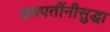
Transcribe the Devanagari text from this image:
छत्रपतींनीसुद्धा